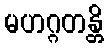
မဟဂ္ဂတန္တိ